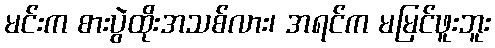
မင်းက စားပွဲထိုးအသစ်လား၊ အရင်က မမြင်ဖူးဘူး